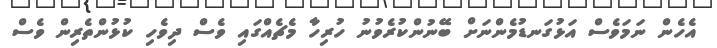
އެހެން ނަމަވެސް އަޅުގަނޑުމެންނަށް ބޭނުންކުރެވުނު ހުރިހާ މެޗެއްގައި ވެސް ދިވެހި ކުޅުންތެރިން ވެސް